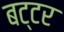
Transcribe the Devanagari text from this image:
बट्टर